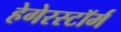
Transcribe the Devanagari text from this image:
हेगेरस्टॉर्म